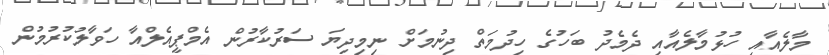
މާލެއާއި ހުޅުމާލެއާއި ދެމެދު ބަހުގެ ހިދުމަތް ދިނުމަށް ނިމިދިޔަ ސަރުކާރުން އެމްޕީއެލްއާ ހަވާލުކުރުމުން